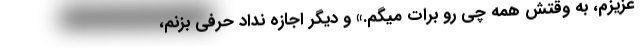
عزیزم، به وقتش همه چی رو برات میگم.» و دیگر اجازه نداد حرفی بزنم،